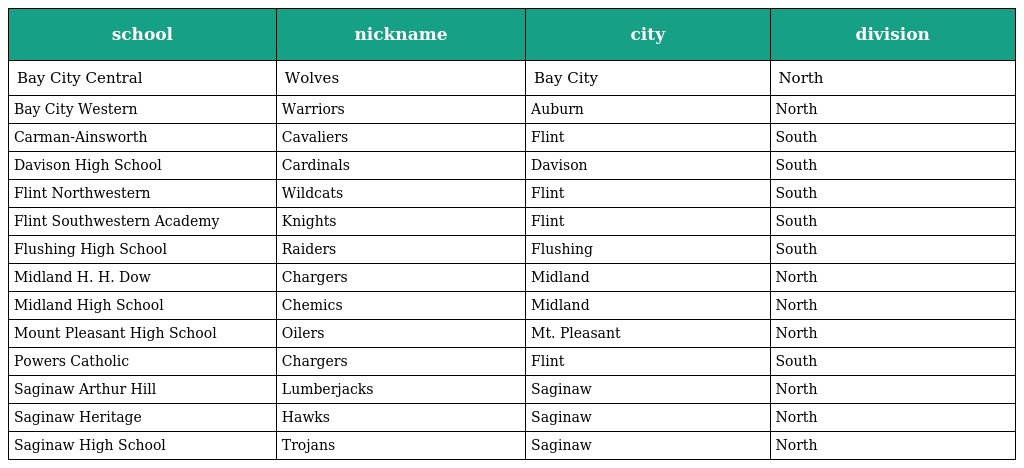
| school | nickname | city | division |
 | --- | --- | --- | --- |
 | Bay City Central | Wolves | Bay City | North |
 | Bay City Western | Warriors | Auburn | North |
 | Carman-Ainsworth | Cavaliers | Flint | South |
 | Davison High School | Cardinals | Davison | South |
 | Flint Northwestern | Wildcats | Flint | South |
 | Flint Southwestern Academy | Knights | Flint | South |
 | Flushing High School | Raiders | Flushing | South |
 | Midland H. H. Dow | Chargers | Midland | North |
 | Midland High School | Chemics | Midland | North |
 | Mount Pleasant High School | Oilers | Mt. Pleasant | North |
 | Powers Catholic | Chargers | Flint | South |
 | Saginaw Arthur Hill | Lumberjacks | Saginaw | North |
 | Saginaw Heritage | Hawks | Saginaw | North |
 | Saginaw High School | Trojans | Saginaw | North |